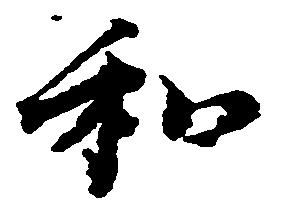
和